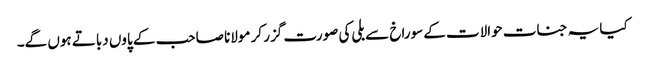
کیا یہ جنات حوالات کے سوراخ سے بلی کی صورت گزر کر مولانا صاحب کے پاوں دباتے ہوں گے۔